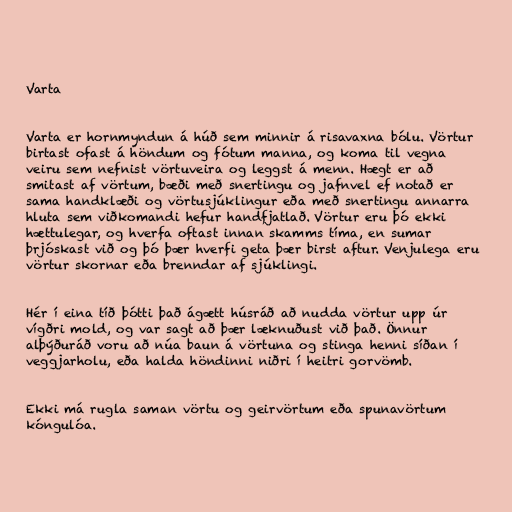
Varta

Varta er hornmyndun á húð sem minnir á risavaxna bólu. Vörtur
birtast ofast á höndum og fótum manna, og koma til vegna
veiru sem nefnist vörtuveira og leggst á menn. Hægt er að
smitast af vörtum, bæði með snertingu og jafnvel ef notað er
sama handklæði og vörtusjúklingur eða með snertingu annarra
hluta sem viðkomandi hefur handfjatlað. Vörtur eru þó ekki
hættulegar, og hverfa oftast innan skamms tíma, en sumar
þrjóskast við og þó þær hverfi geta þær birst aftur. Venjulega eru
vörtur skornar eða brenndar af sjúklingi.

Hér í eina tíð þótti það ágætt húsráð að nudda vörtur upp úr
vígðri mold, og var sagt að þær læknuðust við það. Önnur
alþýðuráð voru að núa baun á vörtuna og stinga henni síðan í
veggjarholu, eða halda höndinni niðri í heitri gorvömb.

Ekki má rugla saman vörtu og geirvörtum eða spunavörtum
kóngulóa.